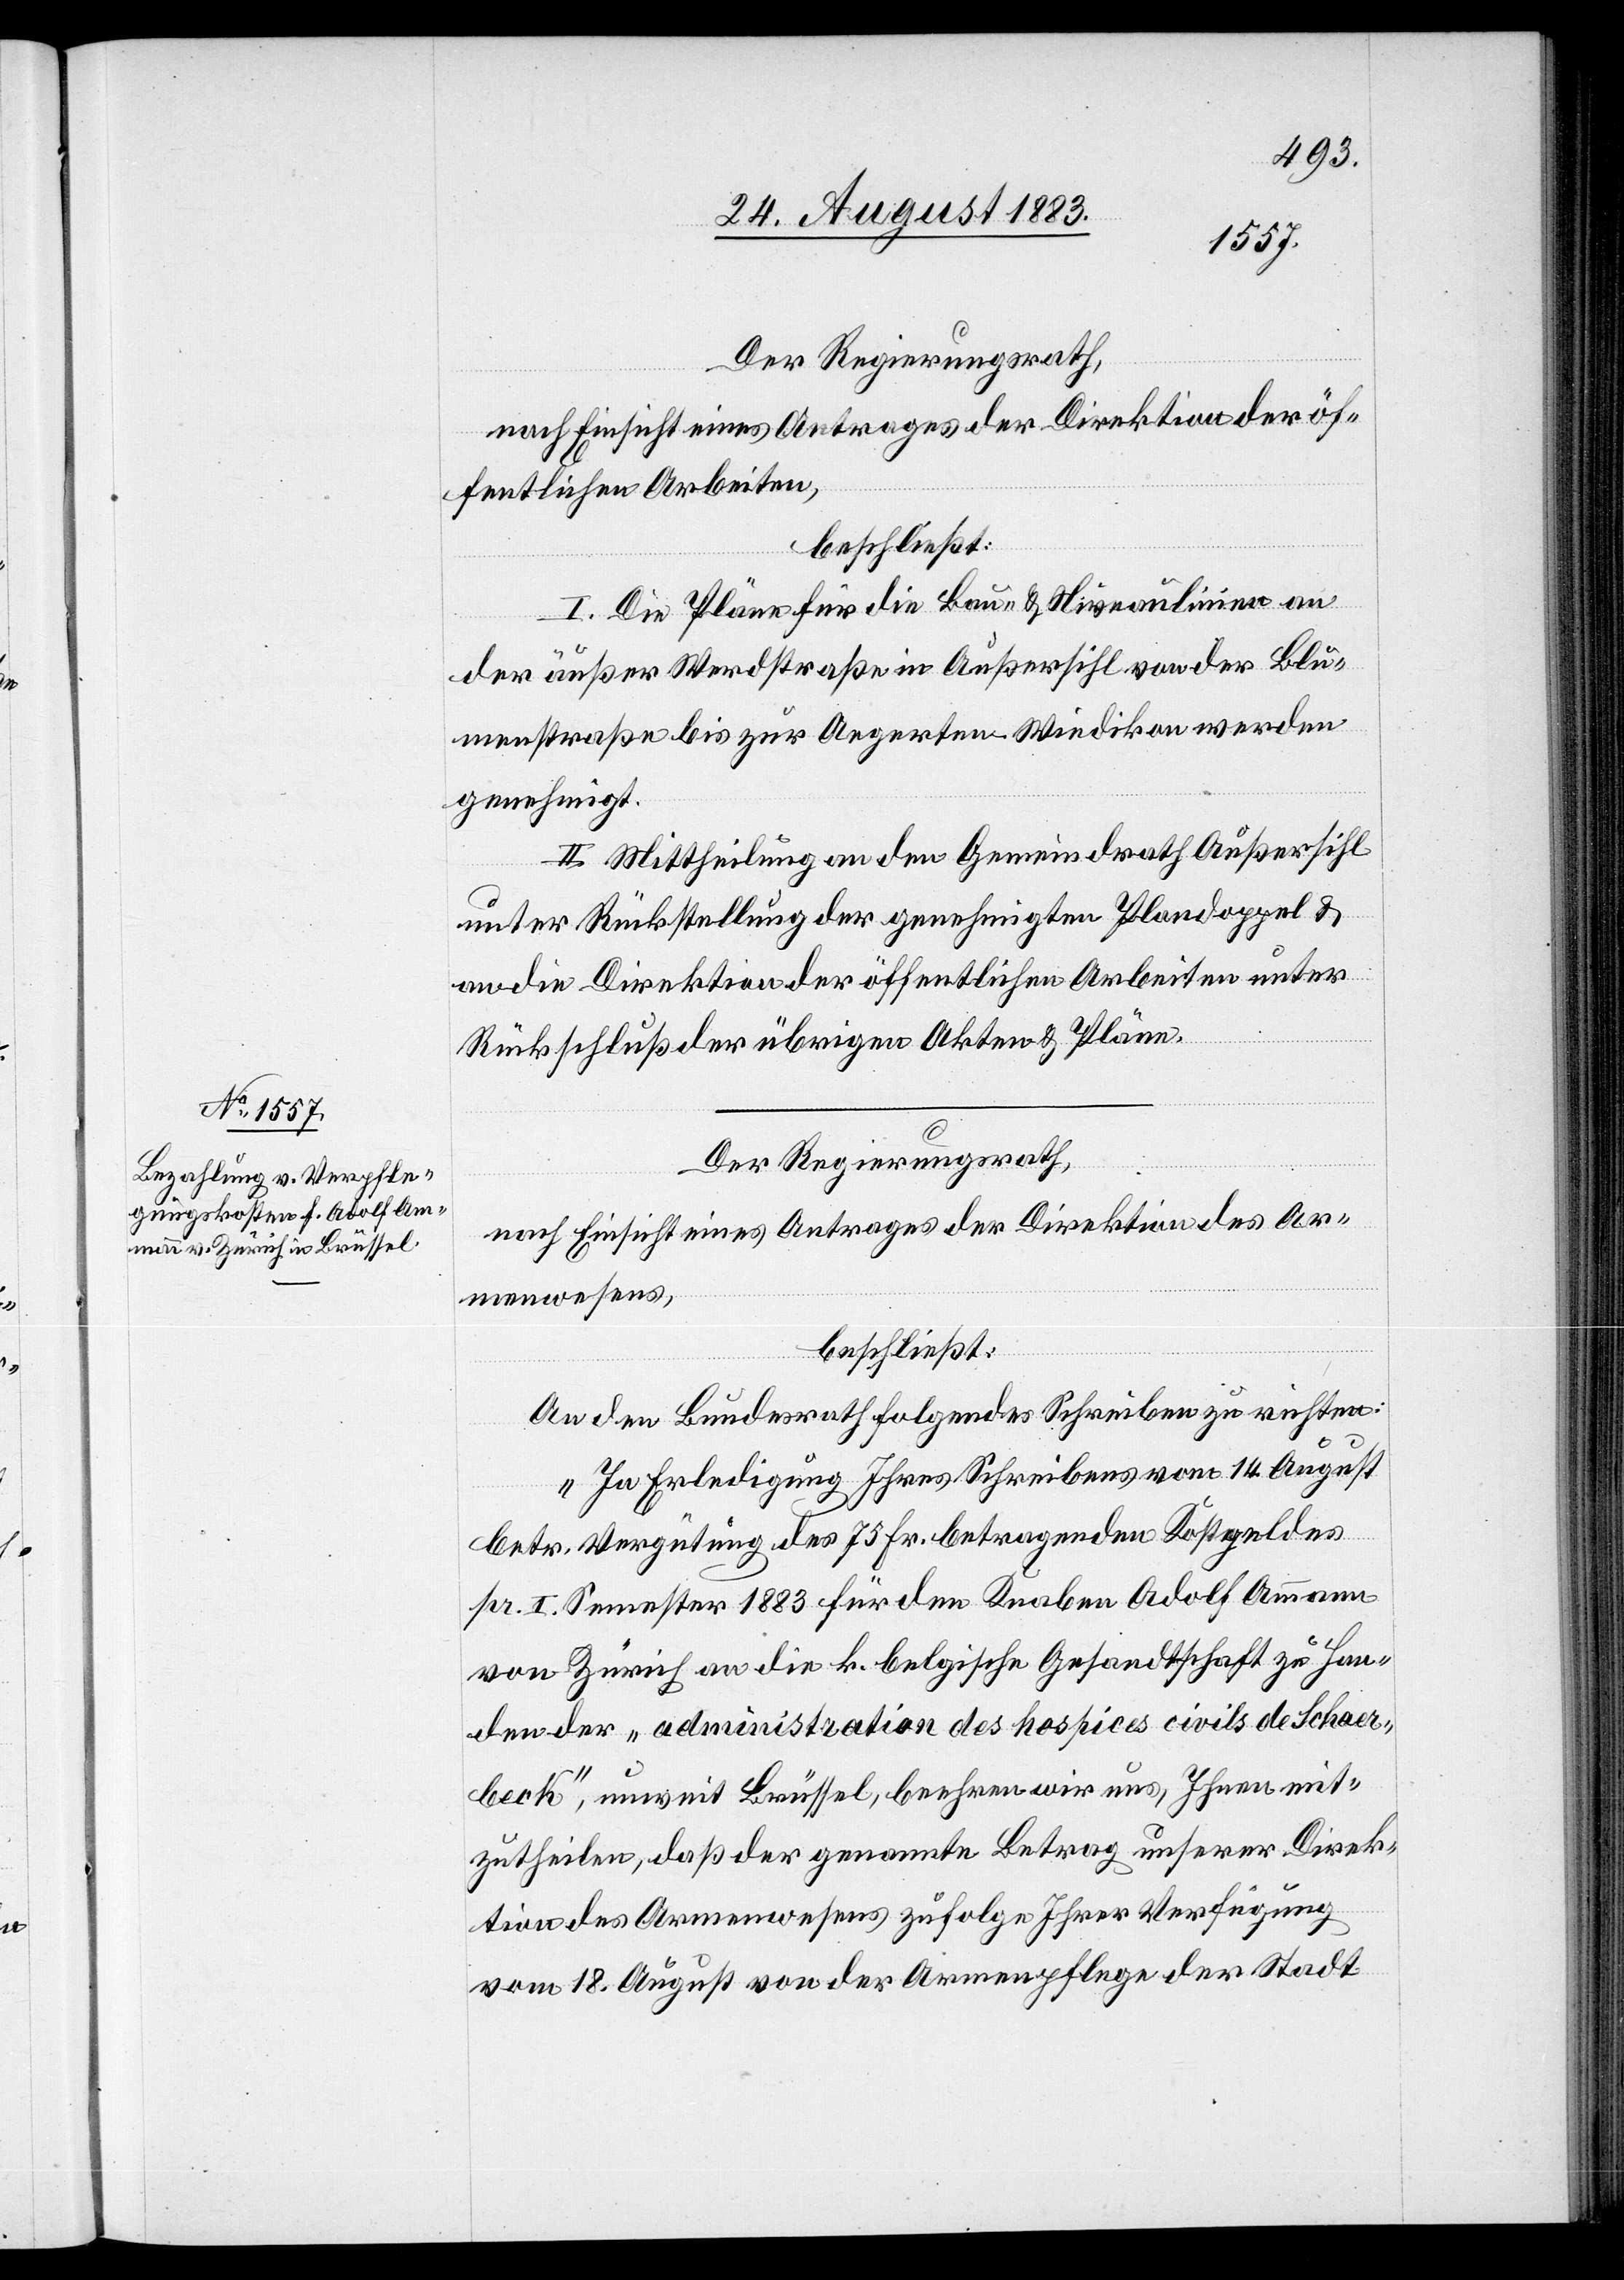
Der Regierungsrath,
nach Einsicht eines Antrages der Direktion der öf¬
fentlichen Arbeiten,
beschließt:
I. Die Pläne für die Bau- & Niveaulinien an
der äußern Werdstraße in Außersihl von der Blu¬
menstraße bis zur Aegerten - Wiedikon werden
genehmigt.
II. Mittheilung an den Gemeindrath Außersihl
unter Rückstellung der genehmigten Plandoppel &
an die Direktion der öffentlichen Arbeiten unter
Rückschluß der übrigen Akten & Pläne.
Der Regierungsrath,
nach Einsicht eines Antrages der Direktion des Ar¬
menwesens,
beschließt:
An den Bundesrath folgendes Schreiben zu richten:
„In Erledigung Ihres Schreibens vom 14. August
betr. Vergütung des 75 Fr. betragenden Kostgeldes
pr. 1. September 1883 für den Knaben Adolf Ammann
von Zürich an die k. belgische Gesandtschaft zu Han¬
den der „administration des hospices civils de Schaer¬
beck“, unweit Brüssel, beehren wir uns, Ihnen mit¬
zutheilen, daß der genannte Betrag unserer Direk¬
tion des Armenwesens zufolge Ihrer Verfügung
vom 18. August von der Armenpflege der Stadt